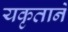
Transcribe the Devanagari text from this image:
यकृताने